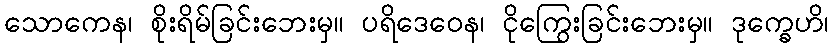
သောကေန၊ စိုးရိမ်ခြင်းဘေးမှ။ ပရိဒေဝေန၊ ငိုကြွေးခြင်းဘေးမှ။ ဒုက္ခေဟိ၊